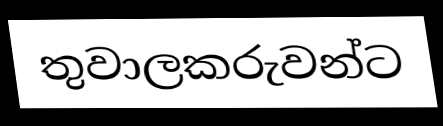
තුවාලකරුවන්ට